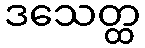
ဒသေတ္ထ